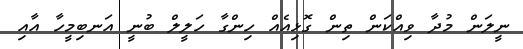
ނީލަން މުދާ ވިއްކަން ތިން ގޮޅިއެއް ހިންގާ ހަލީލް ބުނީ އަނބިމީހާ އާއި